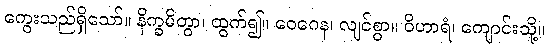
ကွေးသည်ရှိသော်။ နိက္ခမိတွာ၊ ထွက်၍။ ဝေဂေန၊ လျင်စွာ။ ဝိဟာရံ၊ ကျောင်းသို့။